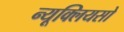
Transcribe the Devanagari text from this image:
न्यूक्लियसो